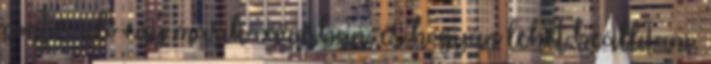
pontos idő egy másik városban, és hogyan lehet beállítani,